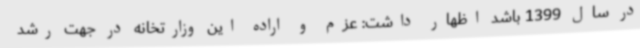
در سال 1399 باشد اظهار داشت: عزم و اراده این وزارتخانه در جهت رشد